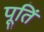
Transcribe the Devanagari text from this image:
पूतिं